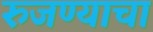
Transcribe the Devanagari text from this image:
रुजण्याचा